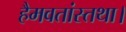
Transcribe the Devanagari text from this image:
हैमवतांस्तथा।